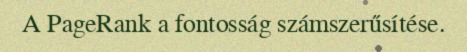
A PageRank a fontosság számszerűsítése.